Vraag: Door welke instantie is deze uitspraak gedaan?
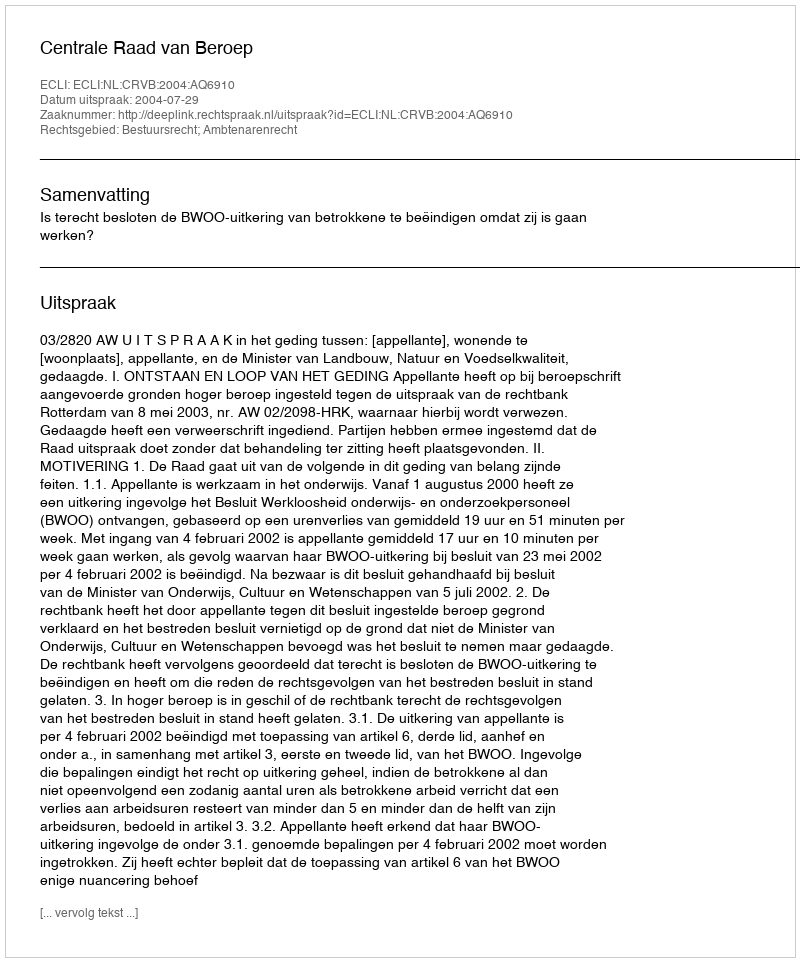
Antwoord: Centrale Raad van Beroep